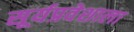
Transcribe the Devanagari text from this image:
सूर्यप्रवेशाला